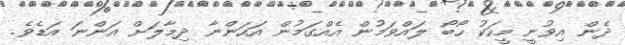
ދެން އިވުނީ މީހަކު ހޯބޯ ލައްވަމުން އެއްގަމުން އަހަންނާ ދިމާލަށް އަންނަ އަޑެވެ.